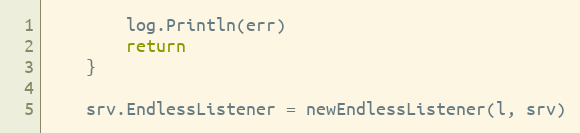
Language: Go
		log.Println(err)
		return
	}

	srv.EndlessListener = newEndlessListener(l, srv)